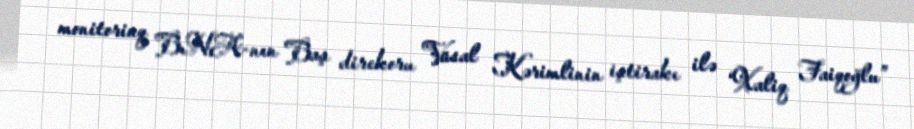
monitorinq BNA-nın Baş direkoru Vüsal Kərimlinin iştirakı ilə “Xaliq Faiqoğlu”